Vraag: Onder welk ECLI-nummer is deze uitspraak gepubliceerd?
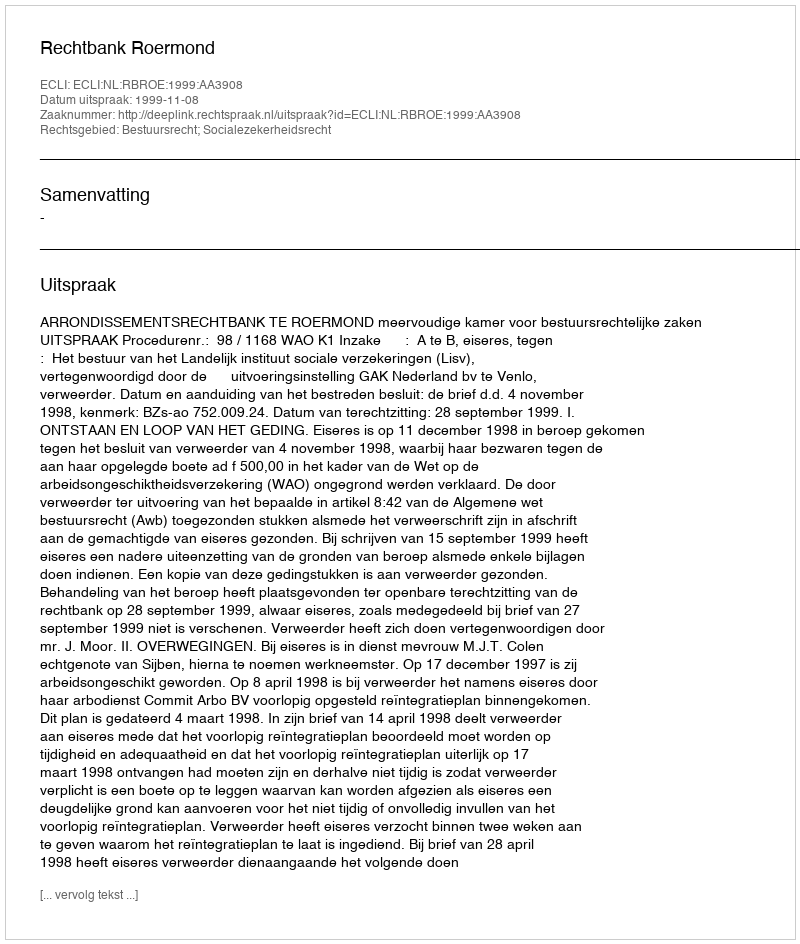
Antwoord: ECLI:NL:RBROE:1999:AA3908